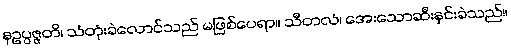
နဥပ္ပဇ္ဇတိ၊ သံတုံးခဲလောင်သည် မဖြစ်ပေရာ။ သီတလံ၊ အေးသောဆီးနှင်းခဲသည်။